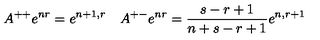
A ^ { + + } e ^ { n r } = e ^ { n + 1 , r } \quad A ^ { + - } e ^ { n r } = \frac { s - r + 1 } { n + s - r + 1 } e ^ { n , r + 1 }